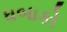
ધબાકો